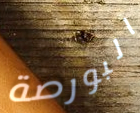
البورصة